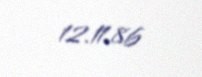
12.11.86